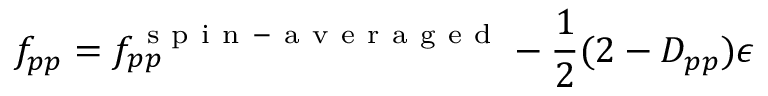
f _ { p p } = f _ { p p } ^ { \mathrm { ~ s ~ p ~ i ~ n ~ - ~ a ~ v ~ e ~ r ~ a ~ g ~ e ~ d ~ } } - \frac { 1 } { 2 } ( 2 - D _ { p p } ) \epsilon